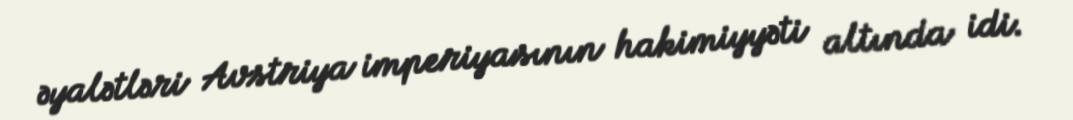
əyalətləri Avstriya imperiyasının hakimiyyəti altında idi.